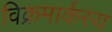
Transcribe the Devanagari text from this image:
विक्रमार्कस्य